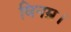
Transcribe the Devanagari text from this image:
विनम्र।